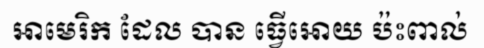
អាមេរិក ដែល បាន ធ្វើអោយ ប៉ះពាល់